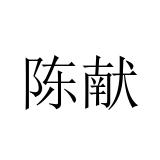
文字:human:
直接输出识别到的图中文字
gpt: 陈献